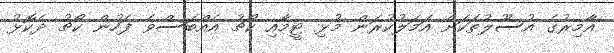
އާމިރުގެ އުސޫލުތަކަށް އަމަލުކުރަން މުޅި ޓީމާއި ކޯޗު އެއްބަސްވެ ފަހުން ކޯޗު ދެކޮޅު